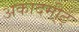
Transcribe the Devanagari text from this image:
अकादमी्ट्